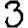
Digit: 3